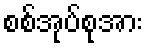
စစ်အုပ်စုအား